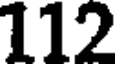
112